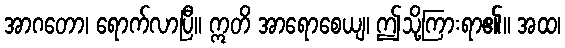
အာဂတော၊ ရောက်လာပြီ။ ဣတိ အာရောစေယျ၊ ဤသို့ကြားရာ၏။ အထ၊